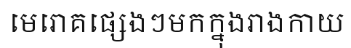
មេរោគផ្សេងៗមកក្នុងរាងកាយ